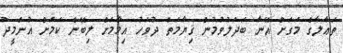
ތަޢާލާގެ މަގަށް އޭނާ ބަދަލުވުމުން ޤިޔާމަތް ދުވަހު އިމާމަށް ލިބޭނެ ކަމަށް އުންމީދު